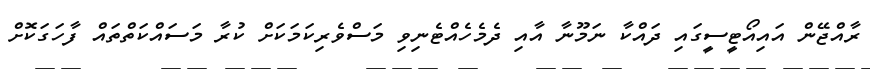
ރާއްޖޭން އައިއޯޓީސީގައި ދައްކާ ނަމޫނާ އާއި ދެމެހެއްޓެނިވި މަސްވެރިކަމަކަށް ކުރާ މަސައްކަތްތައް ފާހަގަކޮށް